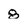
Character: 8